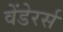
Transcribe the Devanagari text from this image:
वेंडेरर्स